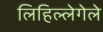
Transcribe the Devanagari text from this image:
लिहिल्लेगेले